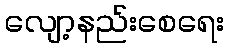
လျော့နည်းစေရေး